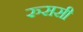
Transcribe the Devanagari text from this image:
रुससी